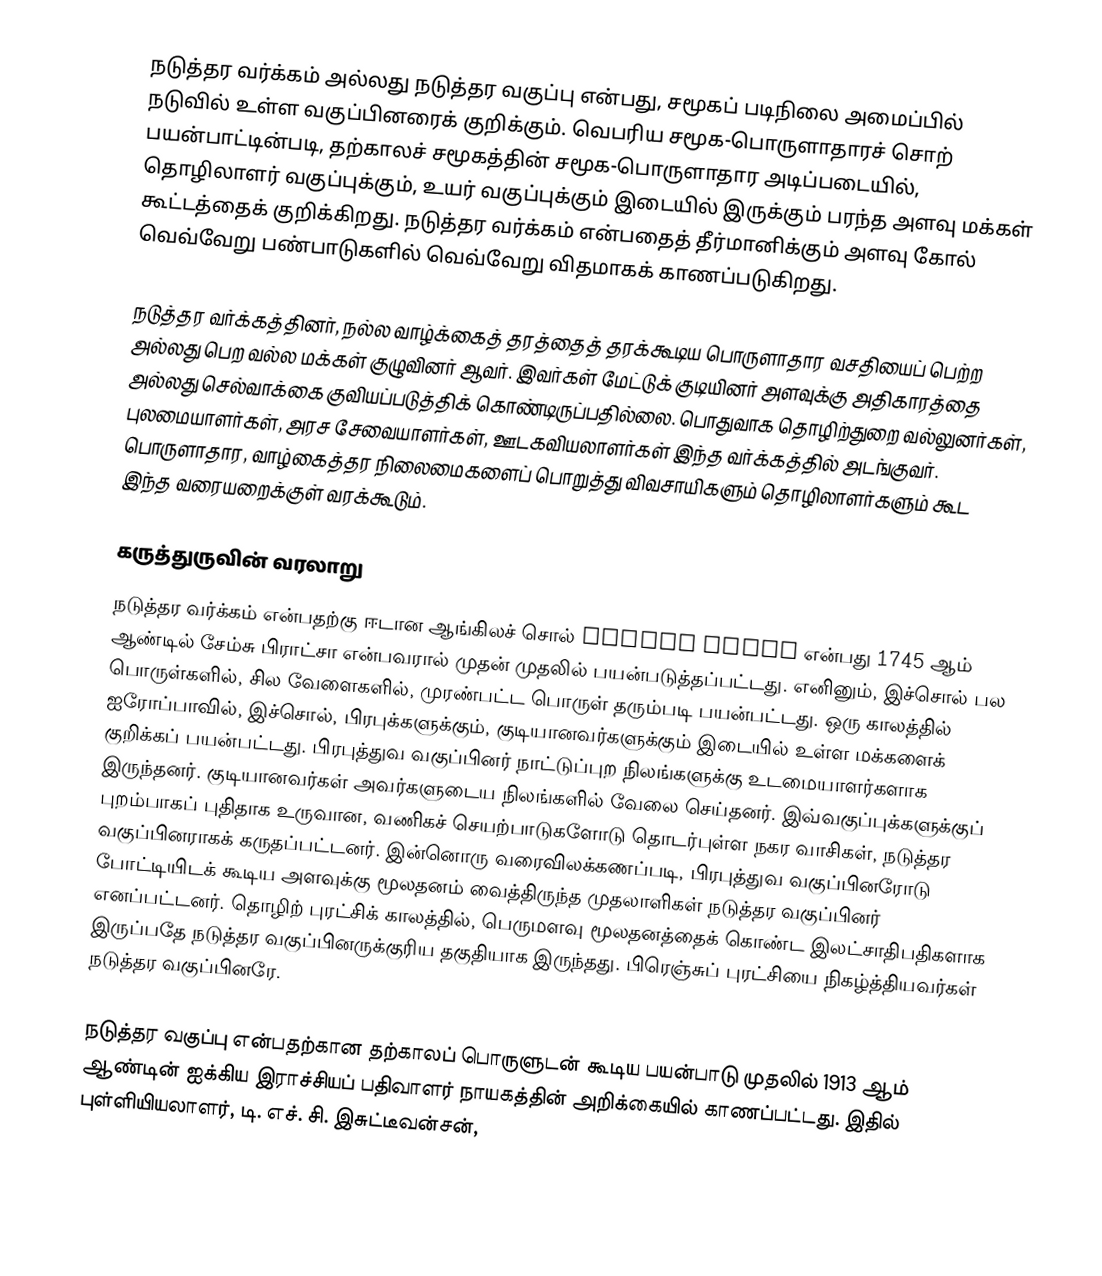
நடுத்தர வர்க்கம் அல்லது நடுத்தர வகுப்பு என்பது, சமூகப் படிநிலை அமைப்பில் நடுவில் உள்ள வகுப்பினரைக் குறிக்கும். வெபரிய சமூக-பொருளாதாரச் சொற் பயன்பாட்டின்படி, தற்காலச் சமூகத்தின் சமூக-பொருளாதார அடிப்படையில், தொழிலாளர் வகுப்புக்கும், உயர் வகுப்புக்கும் இடையில் இருக்கும் பரந்த அளவு மக்கள் கூட்டத்தைக் குறிக்கிறது. நடுத்தர வர்க்கம் என்பதைத் தீர்மானிக்கும் அளவு கோல் வெவ்வேறு பண்பாடுகளில் வெவ்வேறு விதமாகக் காணப்படுகிறது.

நடுத்தர வர்க்கத்தினர், நல்ல வாழ்க்கைத் தரத்தைத் தரக்கூடிய பொருளாதார வசதியைப் பெற்ற அல்லது பெற வல்ல மக்கள் குழுவினர் ஆவர். இவர்கள் மேட்டுக் குடியினர் அளவுக்கு அதிகாரத்தை அல்லது செல்வாக்கை குவியப்படுத்திக் கொண்டிருப்பதில்லை. பொதுவாக தொழிற்துறை வல்லுனர்கள், புலமையாளர்கள், அரச சேவையாளர்கள், ஊடகவியலாளர்கள் இந்த வர்க்கத்தில் அடங்குவர். பொருளாதார, வாழ்கைத்தர நிலைமைகளைப் பொறுத்து விவசாயிகளும் தொழிலாளர்களும் கூட இந்த வரையறைக்குள் வரக்கூடும்.

கருத்துருவின் வரலாறு
நடுத்தர வர்க்கம் என்பதற்கு ஈடான ஆங்கிலச் சொல் middle class என்பது 1745 ஆம் ஆண்டில் சேம்சு பிராட்சா என்பவரால் முதன் முதலில் பயன்படுத்தப்பட்டது. எனினும், இச்சொல் பல பொருள்களில், சில வேளைகளில், முரண்பட்ட பொருள் தரும்படி பயன்பட்டது. ஒரு காலத்தில் ஐரோப்பாவில், இச்சொல், பிரபுக்களுக்கும், குடியானவர்களுக்கும் இடையில் உள்ள மக்களைக் குறிக்கப் பயன்பட்டது. பிரபுத்துவ வகுப்பினர் நாட்டுப்புற நிலங்களுக்கு உடமையாளர்களாக இருந்தனர். குடியானவர்கள் அவர்களுடைய நிலங்களில் வேலை செய்தனர். இவ்வகுப்புக்களுக்குப் புறம்பாகப் புதிதாக உருவான, வணிகச் செயற்பாடுகளோடு தொடர்புள்ள நகர வாசிகள், நடுத்தர வகுப்பினராகக் கருதப்பட்டனர். இன்னொரு வரைவிலக்கணப்படி, பிரபுத்துவ வகுப்பினரோடு போட்டியிடக் கூடிய அளவுக்கு மூலதனம் வைத்திருந்த முதலாளிகள் நடுத்தர வகுப்பினர் எனப்பட்டனர். தொழிற் புரட்சிக் காலத்தில், பெருமளவு மூலதனத்தைக் கொண்ட இலட்சாதிபதிகளாக இருப்பதே நடுத்தர வகுப்பினருக்குரிய தகுதியாக இருந்தது. பிரெஞ்சுப் புரட்சியை நிகழ்த்தியவர்கள் நடுத்தர வகுப்பினரே.

நடுத்தர வகுப்பு என்பதற்கான தற்காலப் பொருளுடன் கூடிய பயன்பாடு முதலில் 1913 ஆம் ஆண்டின் ஐக்கிய இராச்சியப் பதிவாளர் நாயகத்தின் அறிக்கையில் காணப்பட்டது. இதில் புள்ளியியலாளர், டி. எச். சி. இசுட்டீவன்சன்,